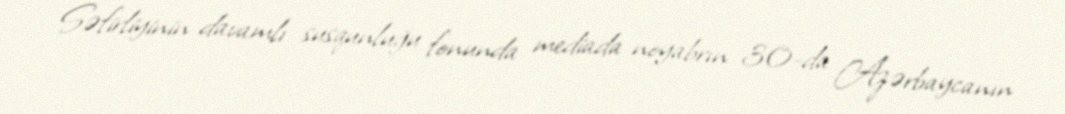
Səfirliyinin davamlı susqunluğu fonunda mediada noyabrın 30-da Azərbaycanın